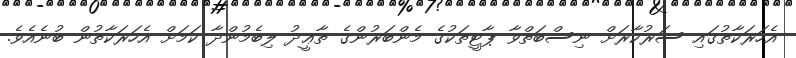
އެހަރަކާތުގައި ސަރުކާރަށް ނިސްބަތްވާ ޕާޓީތަކުގެ މެންބަރުންގެ ތާޢީދު ލިބެމުންދާ ކަމަށް އެހަރަކާތުން ބުނެއެވެ.